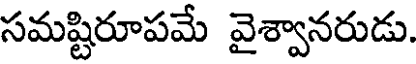
సమష్టిరూపమే వైశ్వానరుడు.